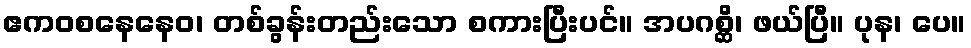
ဧကဝစနေနေဝ၊ တစ်ခွန်းတည်းသော စကားပြီးပင်။ အပဂစ္ဆိ၊ ဖယ်ပြီ။ ပုန၊ ပေ။